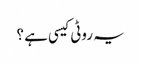
یہ روٹی کیسی ہے ؟